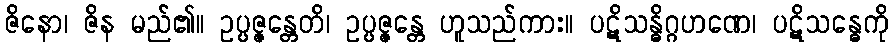
ဇိနော၊ ဇိန မည်၏။ ဥပ္ပဇ္ဇန္တေတိ၊ ဥပ္ပဇ္ဇန္တေ ဟူသည်ကား။ ပဋိသန္ဓိဂ္ဂဟဏေ၊ ပဋိသန္ဓေကို